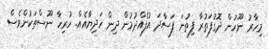
މިހާރު ނޫހުން ދޮގުފަތުރާ ފިތުނަ ފަސާދަ އުފެއްދުމުން ދިން ހަދިޔާއެއް. ހުރިހާ ނޫސްތަކުންވެސް